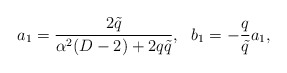
\begin{align*}a_{1}=\frac{2\tilde q}{\alpha^{2}(D-2)+2q\tilde q},~~b_{1}=-\frac{q}{\tilde{q}}a_{1}, \end{align*}